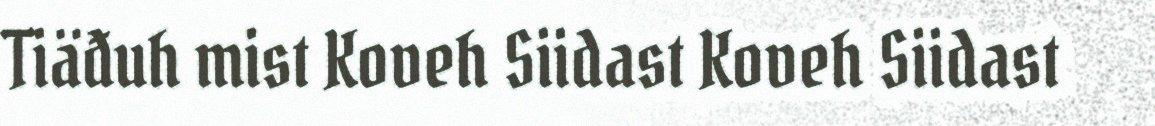
Tiäđuh mist Koveh Siidast Koveh Siidast